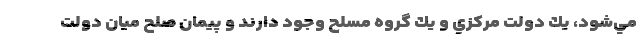
مي‌شود، يك دولت مركزي و يك گروه مسلح وجود دارند و پيمان صلح ميان دولت